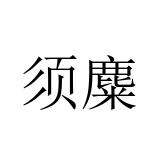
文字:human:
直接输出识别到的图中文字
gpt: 须麋